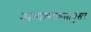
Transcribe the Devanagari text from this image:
आवश्यकतानुसर